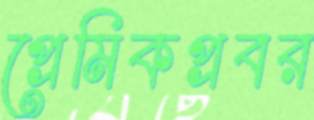
প্রেমিকপ্রবর